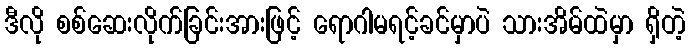
ဒီလို စစ်ဆေးလိုက်ခြင်းအားဖြင့် ရောဂါမရင့်ခင်မှာပဲ သားအိမ်ထဲမှာ ရှိတဲ့